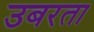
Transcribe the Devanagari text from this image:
उबरता